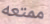
ممتعه